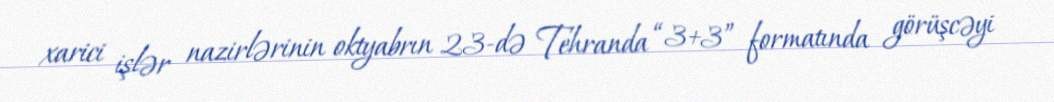
xarici işlər nazirlərinin oktyabrın 23-də Tehranda “3+3” formatında görüşcəyi